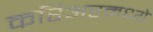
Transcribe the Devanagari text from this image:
करिअरमध्ये